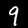
Digit: 9